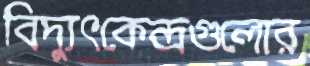
বিদ্যুৎকেন্দ্রগুলোর